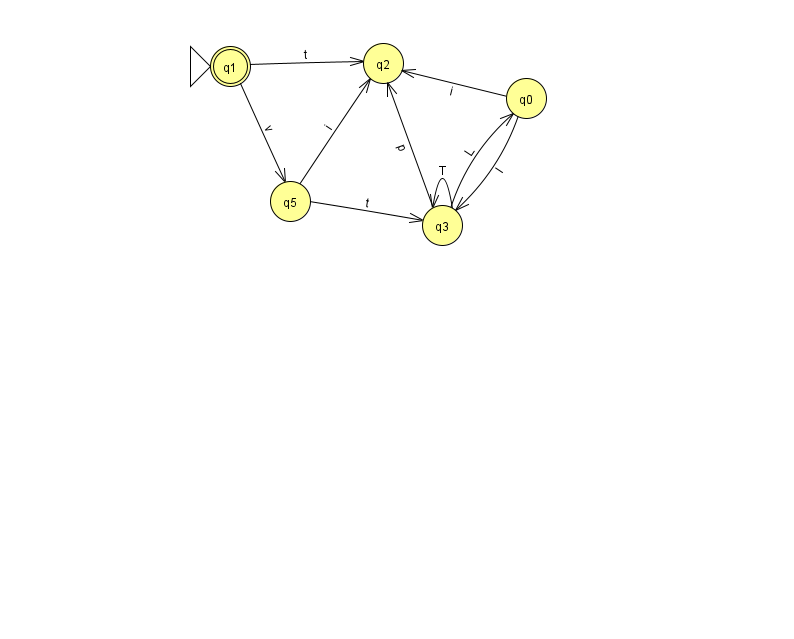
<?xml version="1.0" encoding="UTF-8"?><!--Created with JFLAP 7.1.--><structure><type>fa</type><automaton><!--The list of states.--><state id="0" name="q0"><x>526.0</x><y>85.0</y></state><state id="1" name="q1"><x>230.0</x><y>53.0</y><initial/><final/></state><state id="2" name="q2"><x>383.0</x><y>50.0</y></state><state id="3" name="q3"><x>442.0</x><y>212.0</y></state><state id="5" name="q5"><x>290.0</x><y>188.0</y></state><!--The list of transitions.--><transition><from>3</from><to>2</to><read>p</read></transition><transition><from>3</from><to>0</to><read>L</read></transition><transition><from>0</from><to>2</to><read>i</read></transition><transition><from>0</from><to>3</to><read>I</read></transition><transition><from>3</from><to>3</to><read>T</read></transition><transition><from>1</from><to>2</to><read>t</read></transition><transition><from>5</from><to>2</to><read>i</read></transition><transition><from>1</from><to>5</to><read>v</read></transition><transition><from>5</from><to>3</to><read>t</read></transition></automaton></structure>